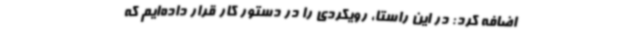
اضافه کرد: در این راستا، رویکردی را در دستور کار قرار داده‌ایم که